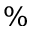
\%